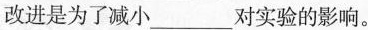
改进是为了减小___对实验的影响。